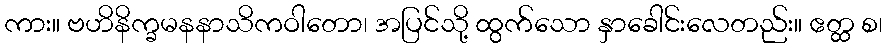
ကား။ ဗဟိနိက္ခမနနာသိကဝါတော၊ အပြင်သို့ ထွက်သော နှာခေါင်းလေတည်း။ ဧတ္ထ စ၊